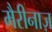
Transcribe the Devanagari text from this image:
मैरीनाज़